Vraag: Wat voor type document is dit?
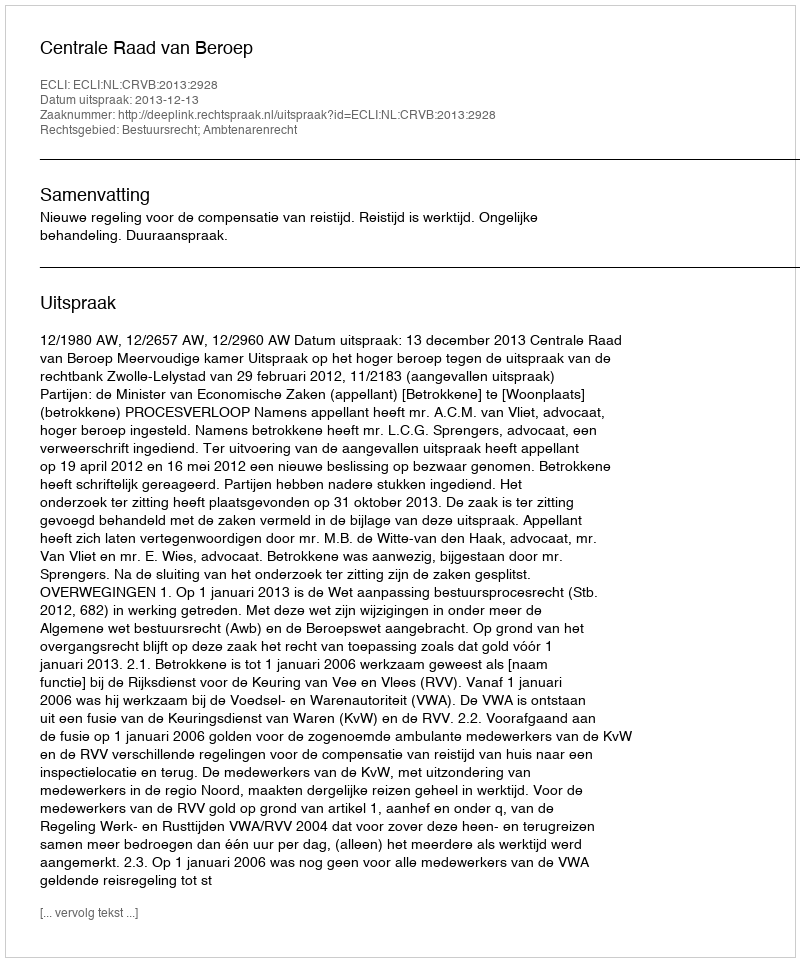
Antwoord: Uitspraak